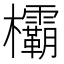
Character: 欛